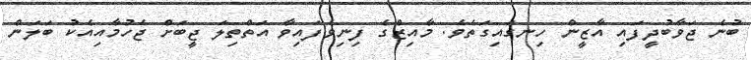
ބުނެ ޖަވާބުދީފައި އާޒީން ހިނގައިގަތެވެ. މާއިޒްގެ ފިނިވެފައިވާ އަތްތިލަ ޖީބަށް ޖެހުމާއިއެކު ބަލަން